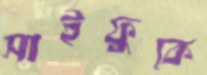
সাইফুকে